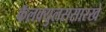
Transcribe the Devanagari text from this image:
कॅलक्युलससारखे